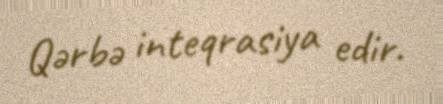
Qərbə inteqrasiya edir.